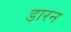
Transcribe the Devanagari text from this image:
डारन